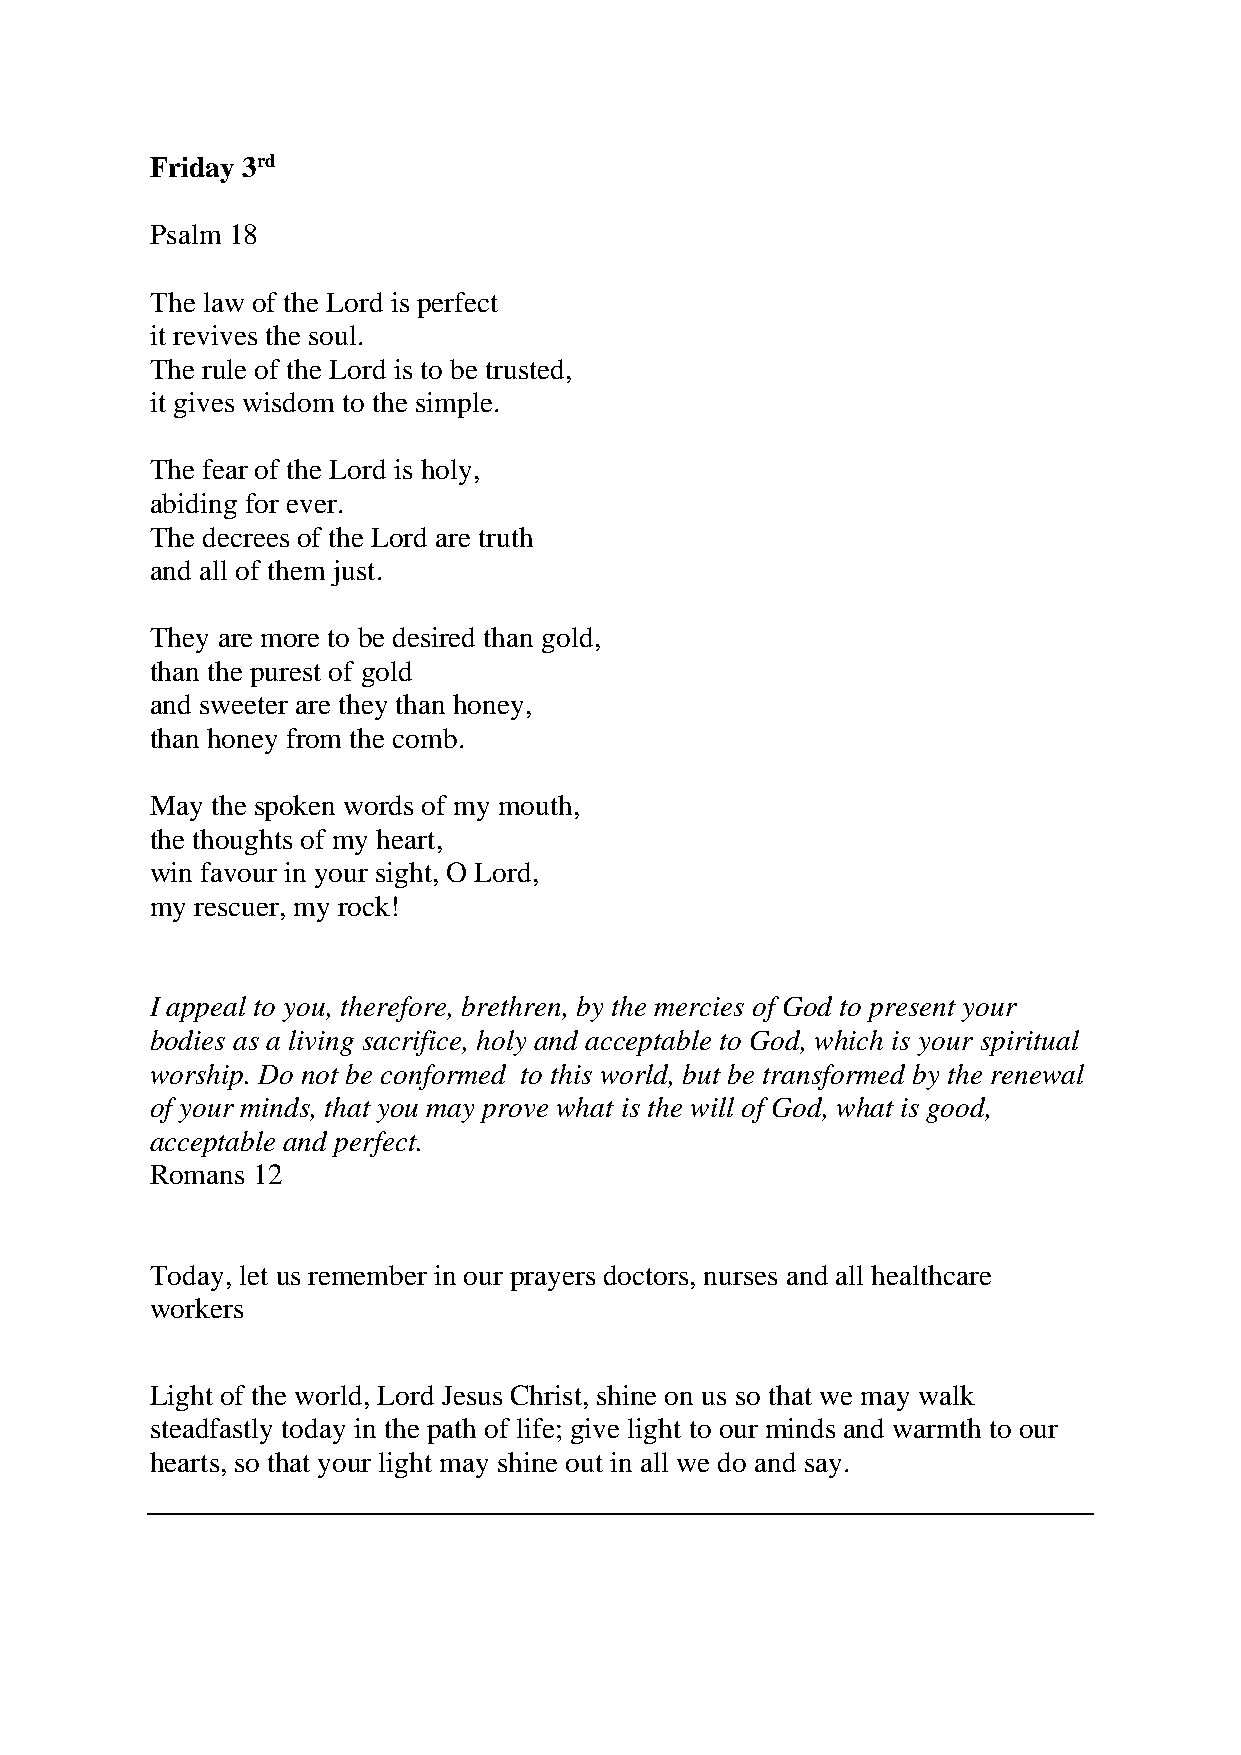
Friday 3rd
 Psalm 18
 The law of the Lord is perfect
 it revives the soul.
 The rule of the Lord is to be trusted,
 it gives wisdom to the simple.
 The fear of the Lord is holy,
 abiding for ever.
 The decrees of the Lord are truth
 and all of them just.
 They are more to be desired than gold,
 than the purest of gold
 and sweeter are they than honey,
 than honey from the comb.
 May the spoken words of my mouth,
 the thoughts of my heart,
 win favour in your sight, O Lord,
 my rescuer, my rock!
 I appeal to you, therefore, brethren, by the mercies of God to present your
 bodies as a living sacrifice, holy and acceptable to God, which is your spiritual
 worship. Do not be conformed to this world, but be transformed by the renewal
 of your minds, that you may prove what is the will of God, what is good,
 acceptable and perfect.
 Romans 12
 Today, let us remember in our prayers doctors, nurses and all healthcare
 workers
 Light of the world, Lord Jesus Christ, shine on us so that we may walk
 steadfastly today in the path of life; give light to our minds and warmth to our
 hearts, so that your light may shine out in all we do and say.